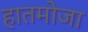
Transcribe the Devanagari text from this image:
हातमोजा